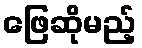
ဖြေဆိုမည့်